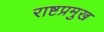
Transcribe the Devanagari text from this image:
राष्टप्रमुख